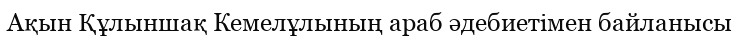
Ақын Құлыншақ Кемелұлының араб әдебиетімен байланысы